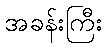
အခန်းကြီး